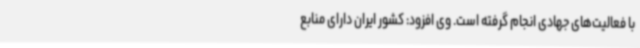
با فعالیت‌های جهادی انجام گرفته است. وی افزود: کشور ایران دارای منابع